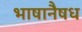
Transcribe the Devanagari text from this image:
भाषानैषध